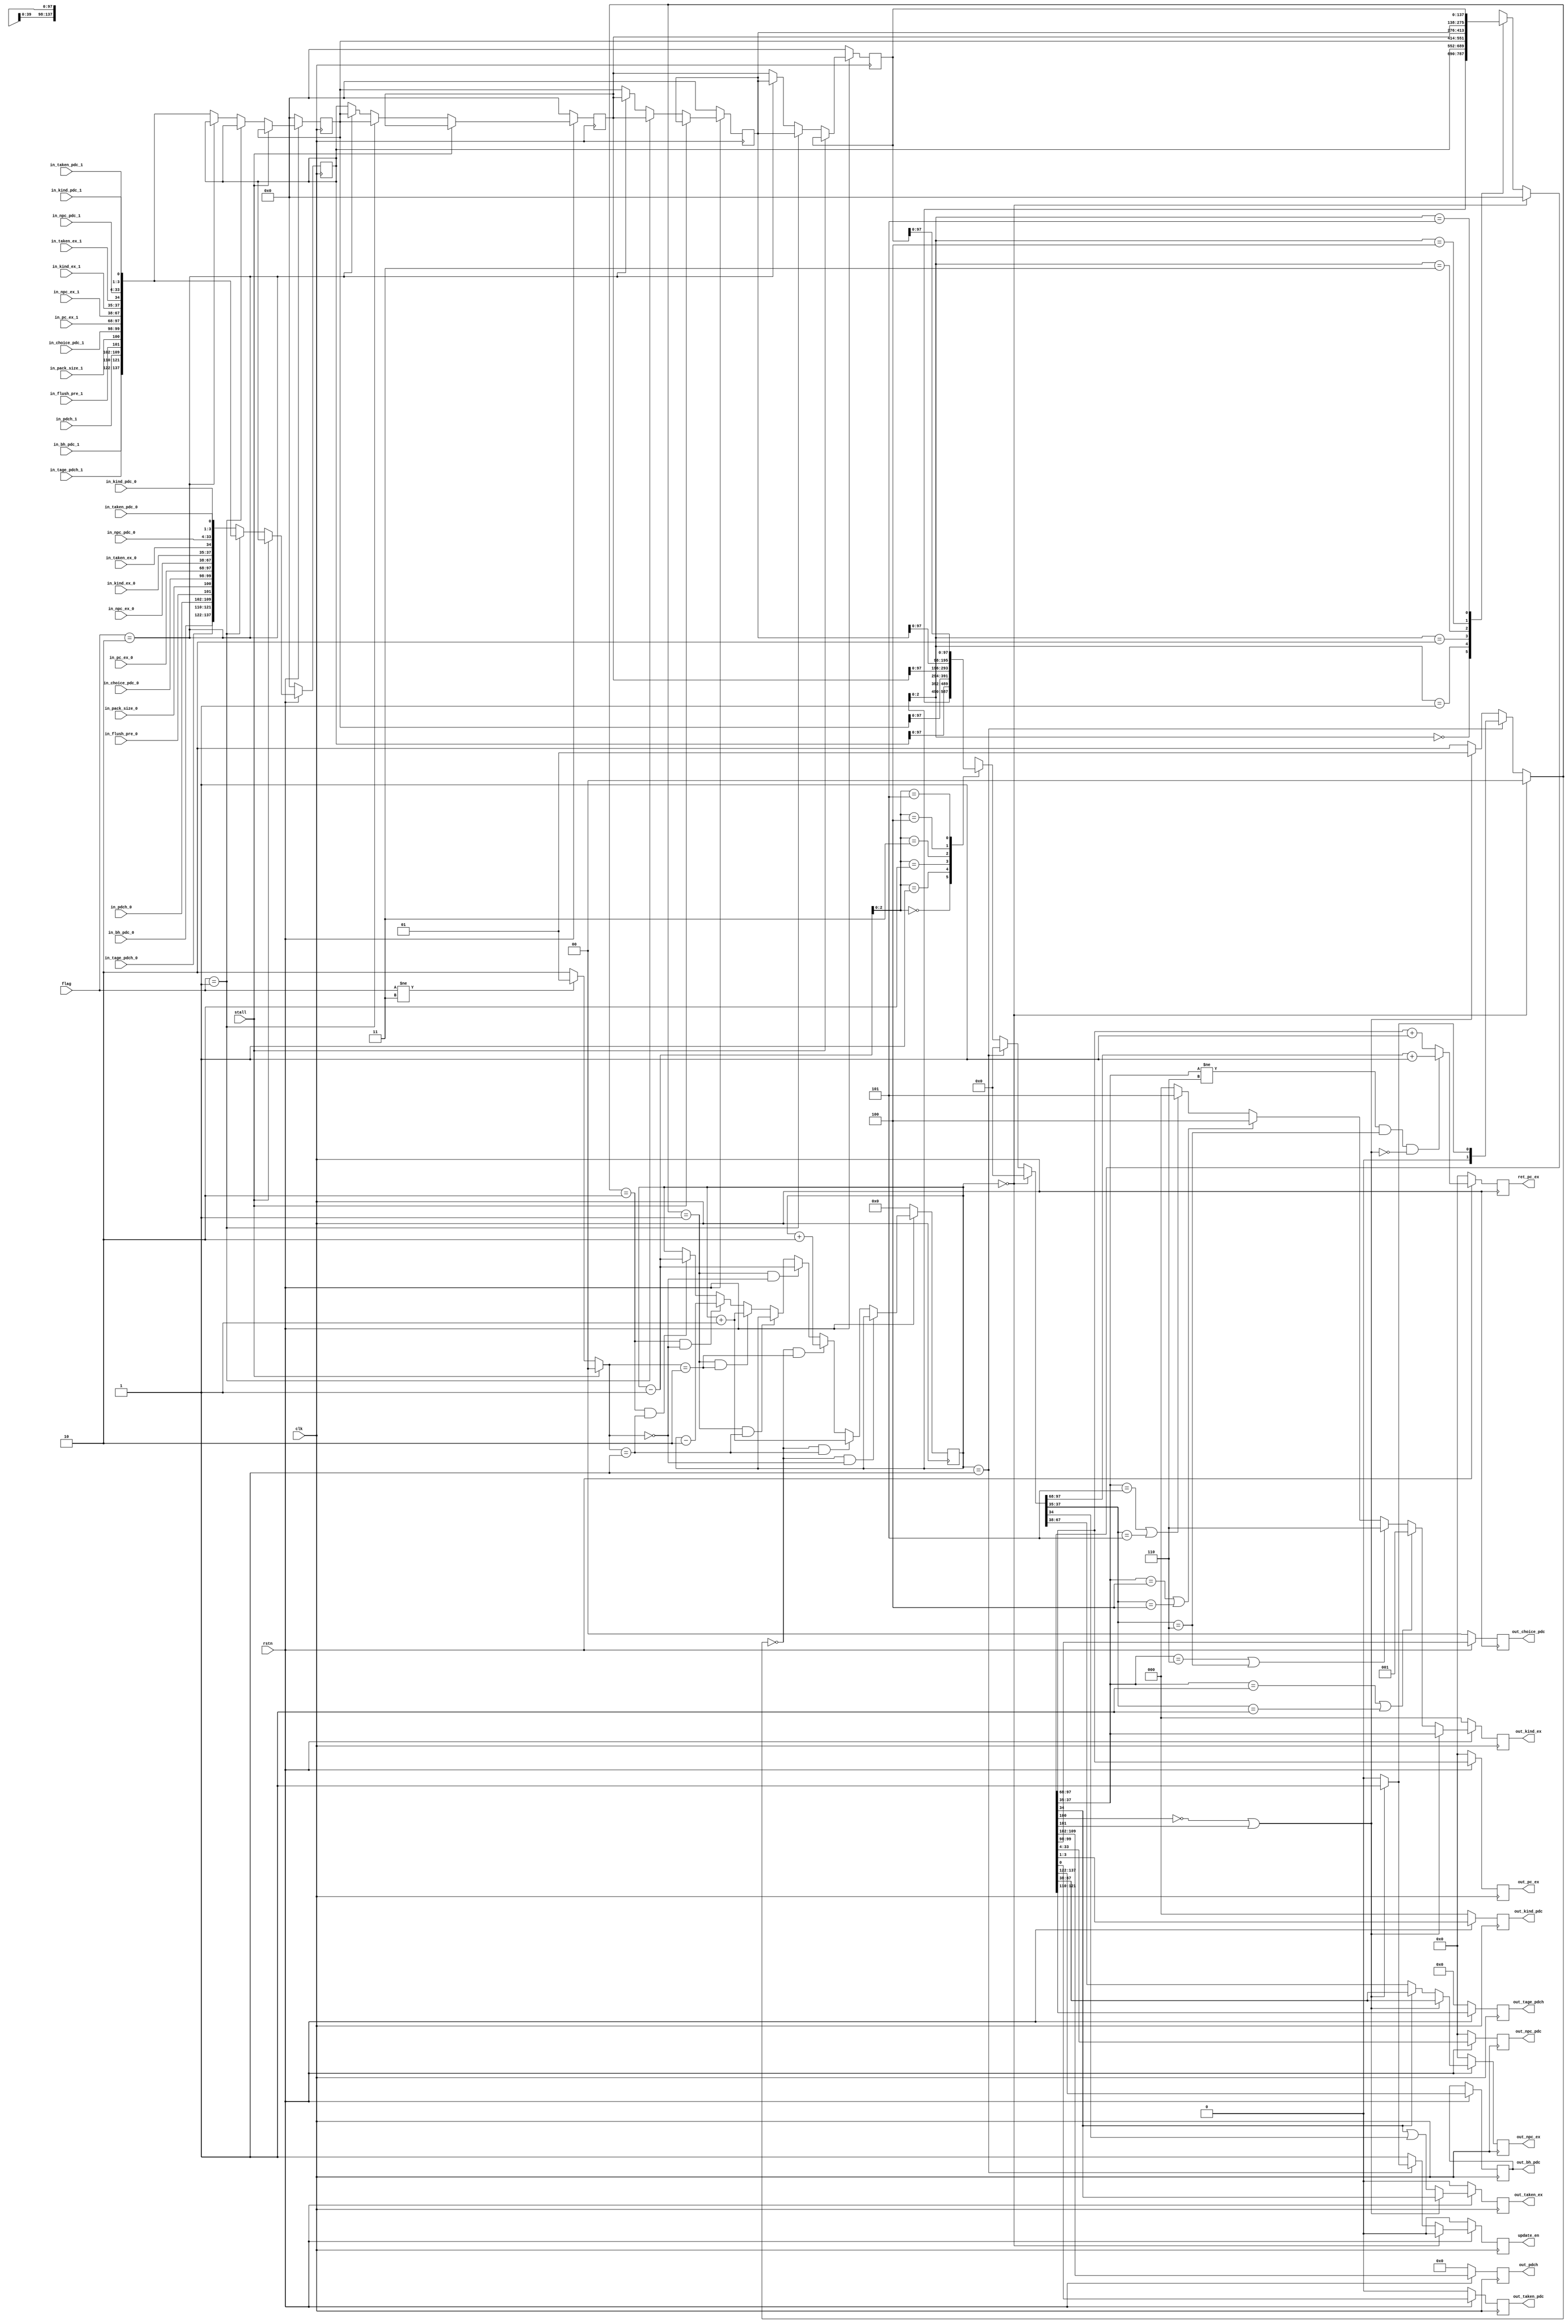
//
module ex_buffer#(
    parameter length = 6,
            bh_width=16
            // ,DATA_WIDTH=99
)(
    input clk,
    input rstn,
    input [1:0]flag, //0:  1:
    input stall,
    // input  [DATA_WIDTH-1:0] in_data_0,
    input        in_taken_pdc_0,   //
    input [2:0]  in_kind_pdc_0 ,
    input [29:0] in_npc_pdc_0  ,
    input [1:0]  in_choice_pdc_0,
    input [bh_width-1:0] in_bh_pdc_0   ,
    input        in_taken_ex_0 ,
    input [2:0]  in_kind_ex_0  ,
    input [29:0] in_npc_ex_0   ,
    input [29:0] in_pc_ex_0    ,
    input        in_pack_size_0,    //0:1 1:2
    input        in_flush_pre_0,
    input [7:0]  in_pdch_0     ,
    input [11:0] in_tage_pdch_0,

    // input  [DATA_WIDTH-1:0] in_data_1,
    input        in_taken_pdc_1,    //
    input [2:0]  in_kind_pdc_1 ,
    input [29:0] in_npc_pdc_1  ,
    input [1:0]  in_choice_pdc_1,
    input [bh_width-1:0] in_bh_pdc_1,
    input        in_taken_ex_1 ,
    input [2:0]  in_kind_ex_1  ,
    input [29:0] in_npc_ex_1   ,
    input [29:0] in_pc_ex_1    ,
    input        in_pack_size_1,
    input        in_flush_pre_1,
    input [7:0]  in_pdch_1,
    input [11:0] in_tage_pdch_1,

    // output [DATA_WIDTH-1:0] out_data,
    output reg          out_taken_pdc ,
    output reg   [2:0]  out_kind_pdc  ,
    output reg   [29:0] out_npc_pdc   ,
    output reg   [bh_width-1:0] out_bh_pdc    ,
    output reg          out_taken_ex  ,
    output reg   [2:0]  out_kind_ex   ,
    output reg   [29:0] out_npc_ex    ,
    output reg   [29:0] out_pc_ex     ,
    output reg   [1:0]  out_choice_pdc,
    output reg   [7:0]  out_pdch      ,
    output reg   [11:0] out_tage_pdch ,

    output reg   [29:0] ret_pc_ex,

    output reg   update_en
);
    parameter   NOT_JUMP = 3'd0,
                DIRECT_JUMP = 3'd1,
                //
                RET = 3'd4,
                INDIRECT_JUMP = 3'd5,
                CALL = 3'd6,
                JUMP=3'd7;

    wire [121+bh_width:0] in_data_0={in_bh_pdc_0,in_tage_pdch_0,in_pdch_0,in_flush_pre_0,in_pack_size_0,in_choice_pdc_0,in_pc_ex_0,in_npc_ex_0,in_kind_ex_0,in_taken_ex_0,in_npc_pdc_0,in_kind_pdc_0,in_taken_pdc_0};
    wire [121+bh_width:0] in_data_1={in_bh_pdc_1,in_tage_pdch_1,in_pdch_1,in_flush_pre_1,in_pack_size_1,in_choice_pdc_1,in_pc_ex_1,in_npc_ex_1,in_kind_ex_1,in_taken_ex_1,in_npc_pdc_1,in_kind_pdc_1,in_taken_pdc_1};

    reg [121+bh_width:0] out_data_0;     //
    reg [121+bh_width:0] out_data_1;

    wire        out_taken_pdc_0;
    wire [2:0]  out_kind_pdc_0 ;
    wire [29:0] out_npc_pdc_0  ;
    wire [bh_width-1:0] out_bh_pdc_0   ;
    wire        out_taken_ex_0 ;
    wire [2:0]  out_kind_ex_0  ;
    wire [29:0] out_npc_ex_0   ;
    wire [29:0] out_pc_ex_0    ;
    wire [1:0]  out_choice_pdc_0;
    wire        out_pack_size_0;
    wire        out_flush_pre_0;
    wire [7:0]  out_pdch_0;
    wire [11:0] out_tage_pdch_0;

    wire        out_taken_pdc_1;
    wire [2:0]  out_kind_pdc_1 ;
    wire [29:0] out_npc_pdc_1  ;
    wire [bh_width-1:0] out_bh_pdc_1   ;
    wire        out_taken_ex_1 ;
    wire [2:0]  out_kind_ex_1  ;
    wire [29:0] out_npc_ex_1   ;
    wire [29:0] out_pc_ex_1    ;
    wire [1:0]  out_choice_pdc_1;
    wire        out_pack_size_1;
    wire        out_flush_pre_1;
    wire [7:0]  out_pdch_1;
    wire [11:0] out_tage_pdch_1;

    wire pack_size=(~out_pack_size_0)|out_flush_pre_0; //:0: 1:

    reg [29:0] ret_pc_ex_;
    always @(*) begin
        if(out_kind_ex_0!=CALL && out_kind_ex_1==CALL && pack_size==0) ret_pc_ex_=out_pc_ex_1+1;
        else ret_pc_ex_=out_pc_ex_0+1;
    end

    assign out_taken_pdc_0=out_data_0[0]    ;
    assign out_kind_pdc_0 =out_data_0[3:1]  ;
    assign out_npc_pdc_0  =out_data_0[33:4] ;
    assign out_taken_ex_0 =out_data_0[34]   ;
    assign out_kind_ex_0  =out_data_0[37:35];
    assign out_npc_ex_0   =out_data_0[67:38];
    assign out_pc_ex_0    =out_data_0[97:68];
    assign out_choice_pdc_0=out_data_0[99:98];
    assign out_pack_size_0=out_data_0[100]  ;
    assign out_flush_pre_0=out_data_0[101]  ;
    assign out_pdch_0     =out_data_0[109:102];
    assign out_tage_pdch_0=out_data_0[121:110];
    assign out_bh_pdc_0   =out_data_0[121+bh_width:122];


    assign out_taken_pdc_1=out_data_1[0]    ;
    assign out_kind_pdc_1 =out_data_1[3:1]  ;
    assign out_npc_pdc_1  =out_data_1[33:4] ;
    assign out_taken_ex_1 =out_data_1[34]   ;
    assign out_kind_ex_1  =out_data_1[37:35];
    assign out_npc_ex_1   =out_data_1[67:38];
    assign out_pc_ex_1    =out_data_1[97:68];
    assign out_choice_pdc_1=out_data_1[99:98];
    assign out_pack_size_1=out_data_1[100]  ;
    assign out_flush_pre_1=out_data_1[101]  ;
    assign out_pdch_1     =out_data_1[109:102];
    assign out_tage_pdch_1=out_data_1[121:110];
    assign out_bh_pdc_1   =out_data_1[121+bh_width:122];


    reg [121+bh_width:0] buffer_data[0:length-1];

    reg [31:0] pointer;

    reg        update_en_     ;
    reg        out_taken_pdc_ ;
    reg [2:0]  out_kind_pdc_  ;
    reg [29:0] out_npc_pdc_   ;
    reg [bh_width-1:0] out_bh_pdc_;
    reg        out_taken_ex_  ;
    reg [2:0]  out_kind_ex_   ;
    reg [29:0] out_npc_ex_    ;
    reg [29:0] out_pc_ex_     ;
    reg [1:0]  out_choice_pdc_;
    reg [7:0]  out_pdch_;
    reg [11:0] out_tage_pdch_;

    reg [1:0] pointer_minus;
    reg [1:0] pointer_plus;

    always @(*) begin
        pointer_minus=0;
        if(pointer==0) ;
        else if(pointer==1) begin
            if(pack_size) pointer_minus=2'd1;
            else          pointer_minus=0;
        end
        else begin
            if(pack_size) pointer_minus=2'd1;
            else          pointer_minus=2'd2;
        end

        pointer_plus=0;
        if(stall) ;
        else if(flag!=2'b11) begin//
            pointer_plus=2'd1;
        end
        else begin
            pointer_plus=2'd2;
        end
    end

    always @(posedge clk) begin
        if(!rstn) pointer<=0;
        else begin
            if(pointer_minus==2'd0&&pointer_plus==2'd0)      pointer<=pointer;
            else if(pointer_minus==2'd0&&pointer_plus==2'd1) pointer<=pointer+32'd1;
            else if(pointer_minus==2'd0&&pointer_plus==2'd2) pointer<=pointer+32'd2;
            else if(pointer_minus==2'd1&&pointer_plus==2'd0) pointer<=pointer-32'd1;
            else if(pointer_minus==2'd1&&pointer_plus==2'd1) pointer<=pointer;
            else if(pointer_minus==2'd1&&pointer_plus==2'd2) pointer<=pointer+32'd1;
            else if(pointer_minus==2'd2&&pointer_plus==2'd0) pointer<=pointer-32'd2;
            else if(pointer_minus==2'd2&&pointer_plus==2'd1) pointer<=pointer-32'd1;
            else if(pointer_minus==2'd2&&pointer_plus==2'd2) pointer<=pointer;
            else                                             pointer<=pointer;
        end
    end

    always @(posedge clk)begin
        if(!rstn) begin
            // buffer_data[0]<=0;
            buffer_data[1]<=0;
            buffer_data[2]<=0;
            buffer_data[3]<=0;
            buffer_data[4]<=0;
            buffer_data[5]<=0;
        end
        else begin
            //buffer_data
            if(stall) ;
            else if(flag==2'b01) begin//
                // buffer_data[0]<=0;
                buffer_data[1]<=in_data_1;
                buffer_data[2]<=buffer_data[1];
                buffer_data[3]<=buffer_data[2];
                buffer_data[4]<=buffer_data[3];
                buffer_data[5]<=buffer_data[4];
            end
            else if(flag==2'b10) begin//
                // buffer_data[0]<=0;
                buffer_data[1]<=in_data_0;
                buffer_data[2]<=buffer_data[1];
                buffer_data[3]<=buffer_data[2];
                buffer_data[4]<=buffer_data[3];
                buffer_data[5]<=buffer_data[4];
            end
            else begin
                // buffer_data[0]<=0;
                buffer_data[1]<=in_data_0;
                buffer_data[2]<=in_data_1;
                buffer_data[3]<=buffer_data[1];
                buffer_data[4]<=buffer_data[2];
                buffer_data[5]<=buffer_data[3];
            end
        end
    end

    always @(*) begin
        out_data_0=0;
        out_data_1=0;
        update_en_=0;
        if(pointer==0) ;
        else if(pointer==1) begin
            out_data_0=buffer_data[pointer];
            out_data_1=0;
            if(pack_size) update_en_=1;
        end
        else begin
            out_data_0=buffer_data[pointer];
            out_data_1=buffer_data[pointer-1];
            update_en_ =1;
        end

        out_taken_pdc_ =0;
        out_kind_pdc_  =0;
        out_npc_pdc_   =0;
        out_bh_pdc_    =0;
        out_choice_pdc_=0;
        out_taken_ex_  =0;
        out_kind_ex_   =0;
        out_npc_ex_    =0;
        out_pc_ex_     =0;
        out_pdch_      =0;
        out_tage_pdch_ =out_tage_pdch_0;

        if(pack_size) begin
            out_taken_pdc_ =out_taken_pdc_0;
            out_kind_pdc_  =out_kind_pdc_0 ;
            out_npc_pdc_   =out_npc_pdc_0  ;
            out_choice_pdc_=out_choice_pdc_0;
            out_bh_pdc_    =out_bh_pdc_0   ;
            out_taken_ex_  =out_taken_ex_0 ;
            out_kind_ex_   =out_kind_ex_0  ;
            out_npc_ex_    =out_npc_ex_0   ;
            out_pc_ex_     =out_pc_ex_0    ;
            out_pdch_      =out_pdch_0     ;
        end
        else begin
            out_taken_pdc_ =out_taken_pdc_0;
            out_kind_pdc_  =out_kind_pdc_0 ;
            out_npc_pdc_   =out_npc_pdc_0  ;
            out_choice_pdc_=out_choice_pdc_0;
            out_bh_pdc_    =out_bh_pdc_0   ;
            out_pc_ex_     =out_pc_ex_0    ;
            out_pdch_      =out_pdch_0     ;

            out_taken_ex_  =out_taken_ex_0||out_taken_ex_1;
            //kind
            if(out_kind_ex_0==DIRECT_JUMP||out_kind_ex_1==DIRECT_JUMP) begin
                out_kind_ex_=DIRECT_JUMP;
            end
            else if(out_kind_ex_0==CALL||out_kind_ex_1==CALL) begin
                out_kind_ex_=CALL;
            end
            else if(out_kind_ex_0==RET||out_kind_ex_1==RET) begin
                out_kind_ex_=RET;
            end
            else if(out_kind_ex_0==INDIRECT_JUMP||out_kind_ex_1==INDIRECT_JUMP) begin
                out_kind_ex_=INDIRECT_JUMP;
            end
            else begin
                out_kind_ex_=NOT_JUMP;
            end
            //npc
            if(out_taken_ex_0) out_npc_ex_=out_npc_ex_0;
            else out_npc_ex_=out_npc_ex_1;
        end
    end

    //
    always @(posedge clk) begin
        if(!rstn)begin
            update_en     <=0;
            out_taken_pdc <=0;
            out_kind_pdc  <=0;
            out_npc_pdc   <=0;
            out_taken_ex  <=0;
            out_kind_ex   <=0;
            out_npc_ex    <=0;
            out_pc_ex     <=0;
            out_choice_pdc<=0;
            ret_pc_ex     <=0;
            out_pdch      <=0;
            out_tage_pdch <=0;
        end
        else begin
            update_en     <=update_en_     ;
            out_taken_pdc <=out_taken_pdc_ ;
            out_kind_pdc  <=out_kind_pdc_  ;
            out_npc_pdc   <=out_npc_pdc_   ;
            out_bh_pdc    <=out_bh_pdc_    ;
            out_taken_ex  <=out_taken_ex_  ;
            out_kind_ex   <=out_kind_ex_   ;
            out_npc_ex    <=out_npc_ex_    ;
            out_pc_ex     <=out_pc_ex_     ;
            out_choice_pdc<=out_choice_pdc_;
            ret_pc_ex     <=ret_pc_ex_     ;
            out_pdch      <=out_pdch_      ;
            out_tage_pdch <=out_tage_pdch_ ;
        end
    end
    
endmodule